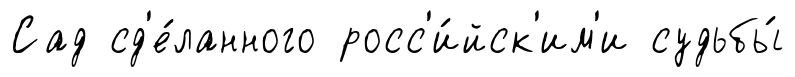
Сад сд'е́ланного росс'и́йск'им'и судьбы́